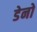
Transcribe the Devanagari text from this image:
डेनो